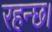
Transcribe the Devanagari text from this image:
रहन्छ।